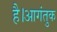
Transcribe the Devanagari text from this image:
है।आगंतुक